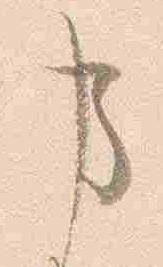
事